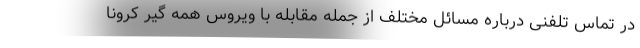
در تماس تلفنی درباره مسائل مختلف از جمله مقابله با ویروس همه گیر کرونا